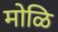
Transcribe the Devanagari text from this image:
मोळि